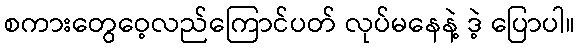
စကားတွေဝေ့လည်ကြောင်ပတ် လုပ်မနေနဲ့ ဒဲ့ ပြောပါ။